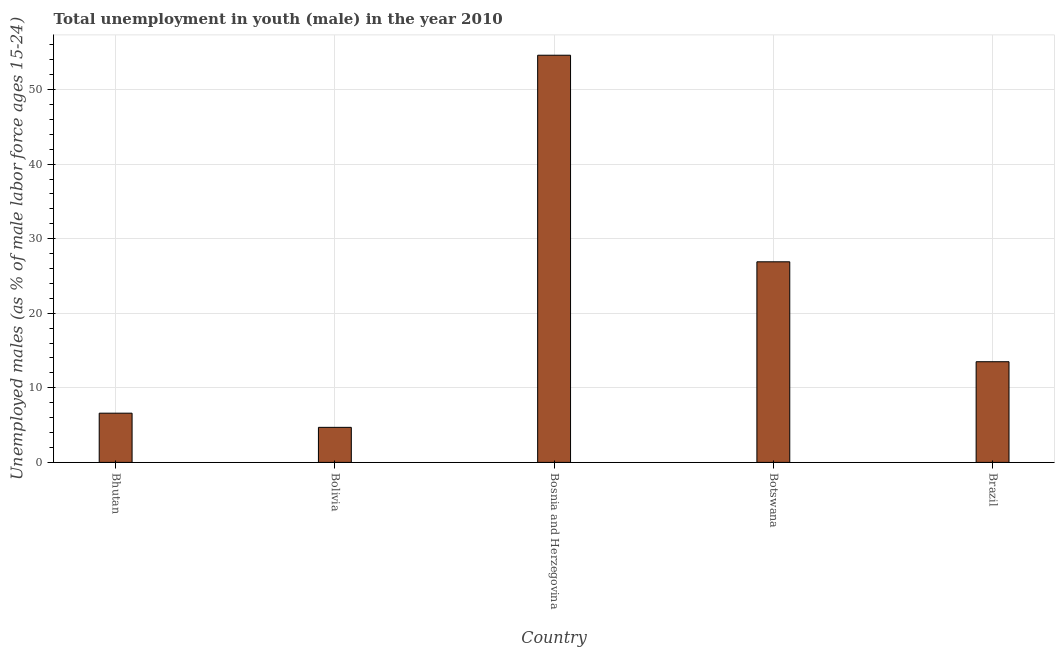
| Country | Unemployment |
 | --- | --- |
 | Bhutan | 6.6 |
 | Bolivia | 4.7 |
 | Bosnia and Herzegovina | 54.6 |
 | Botswana | 26.9 |
 | Brazil | 13.5 |